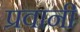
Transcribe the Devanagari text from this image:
प्रवानी